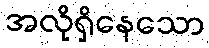
အလိုရှိနေသော